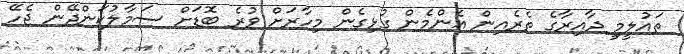
ތައުލީމީ ދާއިރާގެ ތެރެއިން އެންމެން ގުޅިގެން މިހާރަށް ވުރެ ބޮޑަށް ސަމާލުކަންދޭން ޖެހޭ